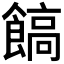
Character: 𩝝